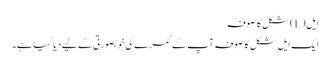
ایل (L) شکل کا صوفہ
ایک ایل شکل کا صوفہ آپ کے کمرے کی خوبصورتی کے لیے دیا گیا ہے۔